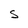
Character: S